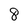
Character: 8